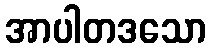
အာပါတဒသော